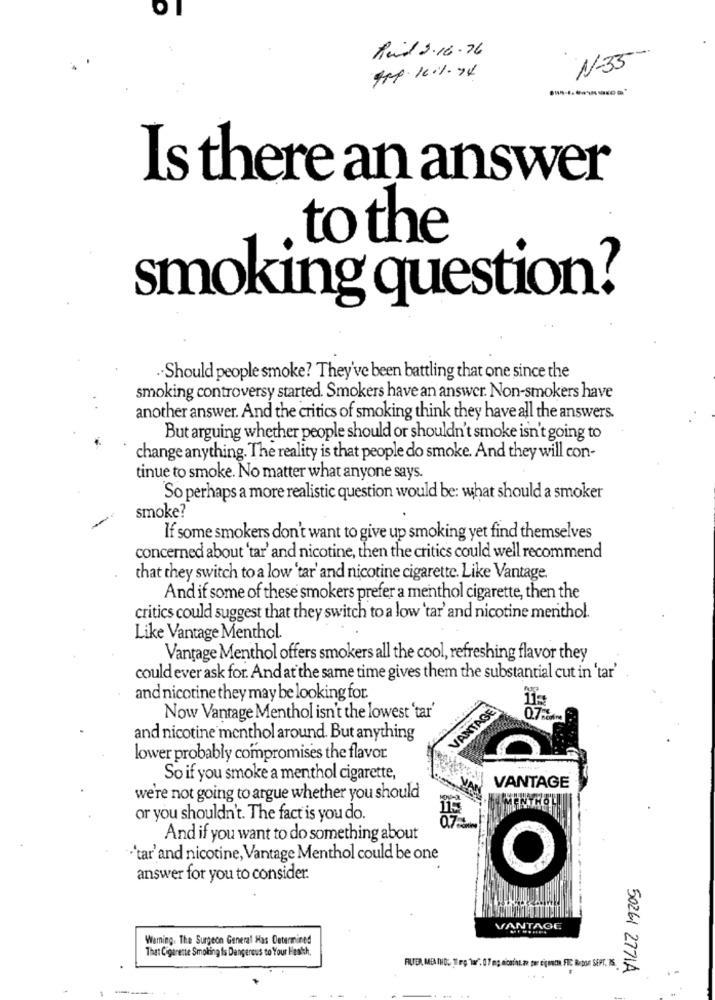
Rui 2.16.76
1-35
Is there an answer
to the
smoking question?
.Should people smoke? They've been battling that one since the
smoking controversy started. Smokers have an answer. Non-smokers have
another answer. And the critics of smoking think they have all the answers.
But arguing whether people should or shouldn't smoke isn't going to
change anything. The reality is that people do smoke. And they will con-
tinue to smoke. No matter what anyone says.
So perhaps a more realistic question would be: what should a smoker
smoke?
If some smokers don't want to give up smoking yet find themselves
concerned about 'tar' and nicotine, then the critics could well recommend
that they switch to a low 'tar' and nicotine cigarette. Like Vantage.
And if some of these smokers prefer a menthol cigarette, then the
critics could suggest that they switch to a low 'tar' and nicotine menthol.
Like Vantage Menthol.
Vantage Menthol offers smokers all the cool, refreshing flavor they
could ever ask for. And at the same time gives them the substantial cut in 'tar'
and nicotine they may be looking for.
VANTAGE
Now Vantage Menthol isn't the lowest 'tar'
and nicotine menthol around. But anything
lower probably compromises the flavor.
So if you smoke a menthol cigarette,
VANTAGE
we're not going to argue whether you should
or you shouldn't. The fact is you do.
And if you want to do something about
"'tar'and nicotine, Vantage Menthol could be one
answer for you to consider.
VANTAGE
Warning. The Surgeon General Has Determined
That Cigarette Smoking Is Dangerous to Your Health,
50261 2771A
..